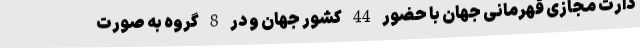
دارت مجازی قهرمانی جهان با حضور 44 کشور جهان و در 8 گروه به صورت